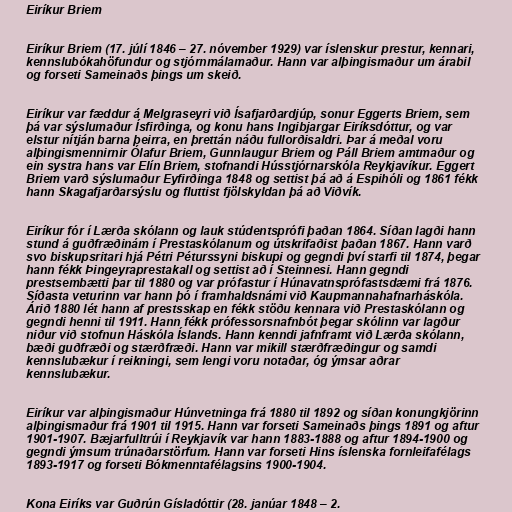
Eiríkur Briem

Eiríkur Briem (17. júlí 1846 – 27. nóvember 1929) var íslenskur prestur, kennari,
kennslubókahöfundur og stjórnmálamaður. Hann var alþingismaður um árabil
og forseti Sameinaðs þings um skeið.

Eiríkur var fæddur á Melgraseyri við Ísafjarðardjúp, sonur Eggerts Briem, sem
þá var sýslumaður Ísfirðinga, og konu hans Ingibjargar Eiríksdóttur, og var
elstur nítján barna þeirra, en þrettán náðu fullorðisaldri. Þar á meðal voru
alþingismennirnir Ólafur Briem, Gunnlaugur Briem og Páll Briem amtmaður og
ein systra hans var Elín Briem, stofnandi Hússtjórnarskóla Reykjavíkur. Eggert
Briem varð sýslumaður Eyfirðinga 1848 og settist þá að á Espihóli og 1861 fékk
hann Skagafjarðarsýslu og fluttist fjölskyldan þá að Viðvík.

Eiríkur fór í Lærða skólann og lauk stúdentsprófi þaðan 1864. Síðan lagði hann
stund á guðfræðinám í Prestaskólanum og útskrifaðist þaðan 1867. Hann varð
svo biskupsritari hjá Pétri Péturssyni biskupi og gegndi því starfi til 1874, þegar
hann fékk Þingeyraprestakall og settist að í Steinnesi. Hann gegndi
prestsembætti þar til 1880 og var prófastur í Húnavatnsprófastsdæmi frá 1876.
Síðasta veturinn var hann þó í framhaldsnámi við Kaupmannahafnarháskóla.
Árið 1880 lét hann af prestsskap en fékk stöðu kennara við Prestaskólann og
gegndi henni til 1911. Hann fékk prófessorsnafnbót þegar skólinn var lagður
niður við stofnun Háskóla Íslands. Hann kenndi jafnframt við Lærða skólann,
bæði guðfræði og stærðfræði. Hann var mikill stærðfræðingur og samdi
kennslubækur í reikningi, sem lengi voru notaðar, óg ýmsar aðrar
kennslubækur.

Eiríkur var alþingismaður Húnvetninga frá 1880 til 1892 og síðan konungkjörinn
alþingismaður frá 1901 til 1915. Hann var forseti Sameinaðs þings 1891 og aftur
1901-1907. Bæjarfulltrúi í Reykjavík var hann 1883-1888 og aftur 1894-1900 og
gegndi ýmsum trúnaðarstörfum. Hann var forseti Hins íslenska fornleifafélags
1893-1917 og forseti Bókmenntafélagsins 1900-1904.

Kona Eiríks var Guðrún Gísladóttir (28. janúar 1848 – 2.